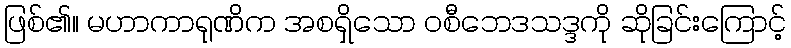
ဖြစ်၏။ မဟာကာရုဏိက အစရှိသော ဝစီဘေဒသဒ္ဒကို ဆိုခြင်းကြောင့်